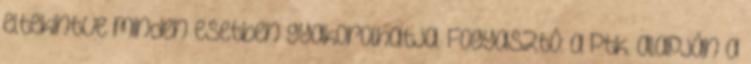
eltekintve minden esetben gyakorolhatja. Fogyasztó: a Ptk. alapján a